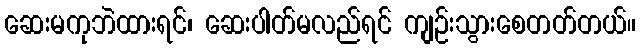
ဆေးမကုဘဲထားရင်၊ ဆေးပါတ်မလည်ရင် ကျဉ်းသွားစေတတ်တယ်။